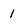
Character: 1